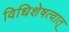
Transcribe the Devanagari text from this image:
विधिशेषत्वात्